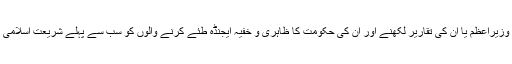
یہاں یہ کہنا ضروری ہے کہ وزیراعظم یا ان کی تقاریر لکھنے اور ان کی حکومت کا ظاہری و خفیہ ایجنڈہ طئے کرنے والوں کو سب سے پہلے شریعت اسلامی کا بغور مطالعہ کرنا چاہئے ۔